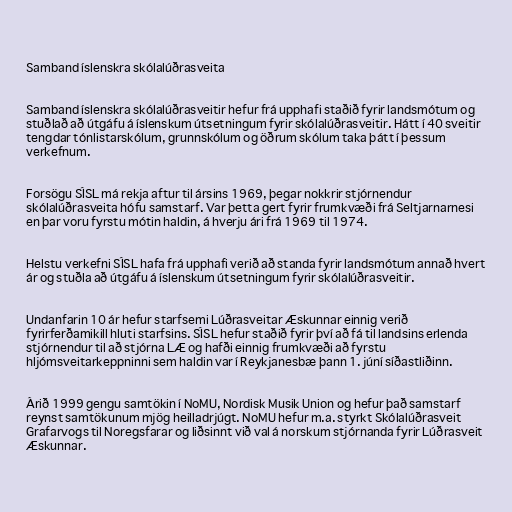
Samband íslenskra skólalúðrasveita

Samband íslenskra skólalúðrasveitir hefur frá upphafi staðið fyrir landsmótum og
stuðlað að útgáfu á íslenskum útsetningum fyrir skólalúðrasveitir. Hátt í 40 sveitir
tengdar tónlistarskólum, grunnskólum og öðrum skólum taka þátt í þessum
verkefnum.

Forsögu SÍSL má rekja aftur til ársins 1969, þegar nokkrir stjórnendur
skólalúðrasveita hófu samstarf. Var þetta gert fyrir frumkvæði frá Seltjarnarnesi
en þar voru fyrstu mótin haldin, á hverju ári frá 1969 til 1974.

Helstu verkefni SÍSL hafa frá upphafi verið að standa fyrir landsmótum annað hvert
ár og stuðla að útgáfu á íslenskum útsetningum fyrir skólalúðrasveitir.

Undanfarin 10 ár hefur starfsemi Lúðrasveitar Æskunnar einnig verið
fyrirferðamikill hluti starfsins. SÍSL hefur staðið fyrir því að fá til landsins erlenda
stjórnendur til að stjórna LÆ og hafði einnig frumkvæði að fyrstu
hljómsveitarkeppninni sem haldin var í Reykjanesbæ þann 1. júní síðastliðinn.

Árið 1999 gengu samtökin í NoMU, Nordisk Musik Union og hefur það samstarf
reynst samtökunum mjög heilladrjúgt. NoMU hefur m.a. styrkt Skólalúðrasveit
Grafarvogs til Noregsfarar og liðsinnt við val á norskum stjórnanda fyrir Lúðrasveit
Æskunnar.